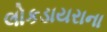
લોકડાયરાના